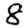
Digit: 8